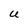
Character: u